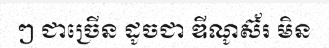
ៗ ជាច្រើន ដូចជា ឌីណូស៊័រ មិន